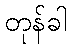
တုန်ခါ